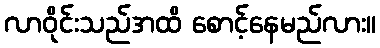
လာဝိုင်းသည်အထိ စောင့်နေမည်လား။